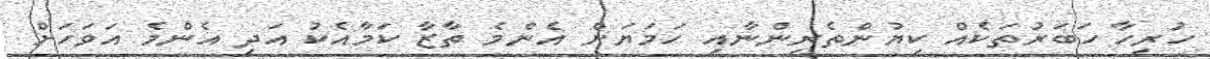
ހުރިހާ ހަބަރުތަކެއް ކިޔުންތެރިންނާއި ހަމަޔަށް އެންމެ ތާޒާ ކަމާއެކު އަދި އެންމެ އަވަހަށް